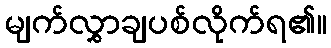
မျက်လွှာချပစ်လိုက်ရ၏။